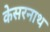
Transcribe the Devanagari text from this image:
केसरनाथ